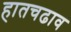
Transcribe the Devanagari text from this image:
हातचढाव